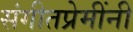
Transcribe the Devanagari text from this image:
संगीतप्रेमींनी